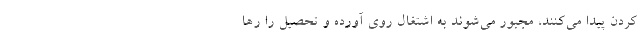
کردن پیدا می‌کنند، مجبور می‌شوند به اشتغال روی آورده و تحصیل را رها